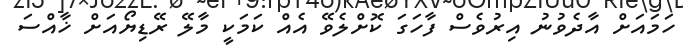
ހަމައަށް އާދެވުނު އިރުވެސް ފާހަގަ ކޮށްލެވޭ އެއް ކަމަކީ މާލޭ ރޭޑިޔޯއަށް ޚާއްސަ